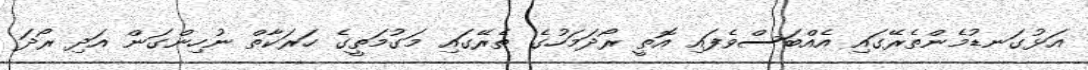
އަޅުގަނޑުމެންތެރޭގައި އެއްބަސްވެފައި އޮތީ ރޯދަމަހުގެ ތެރޭގައި މަގުމަތީގެ ހަރަކާތް ނުހިންގަން އަދި ރޯދަ